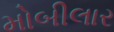
મોબીલાર